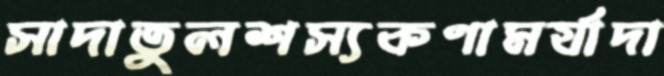
সাদাতুলশস্যকণামর্যাদা